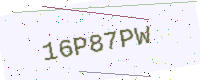
Text: 16P87PW